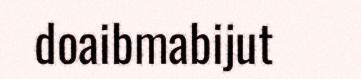
doaibmabijut